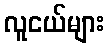
လူငယ်များ